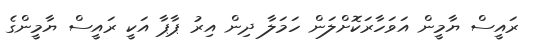
ރައީސް ޔާމީން އަވަހާރަކޮށްލަން ހަމަލާ ދިން އިރު ޕާޕާ އަކީ ރައީސް ޔާމީންގެ